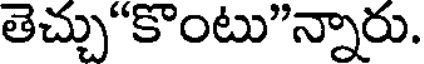
తెచ్చు"కొంటు"న్నారు.